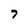
Character: 7